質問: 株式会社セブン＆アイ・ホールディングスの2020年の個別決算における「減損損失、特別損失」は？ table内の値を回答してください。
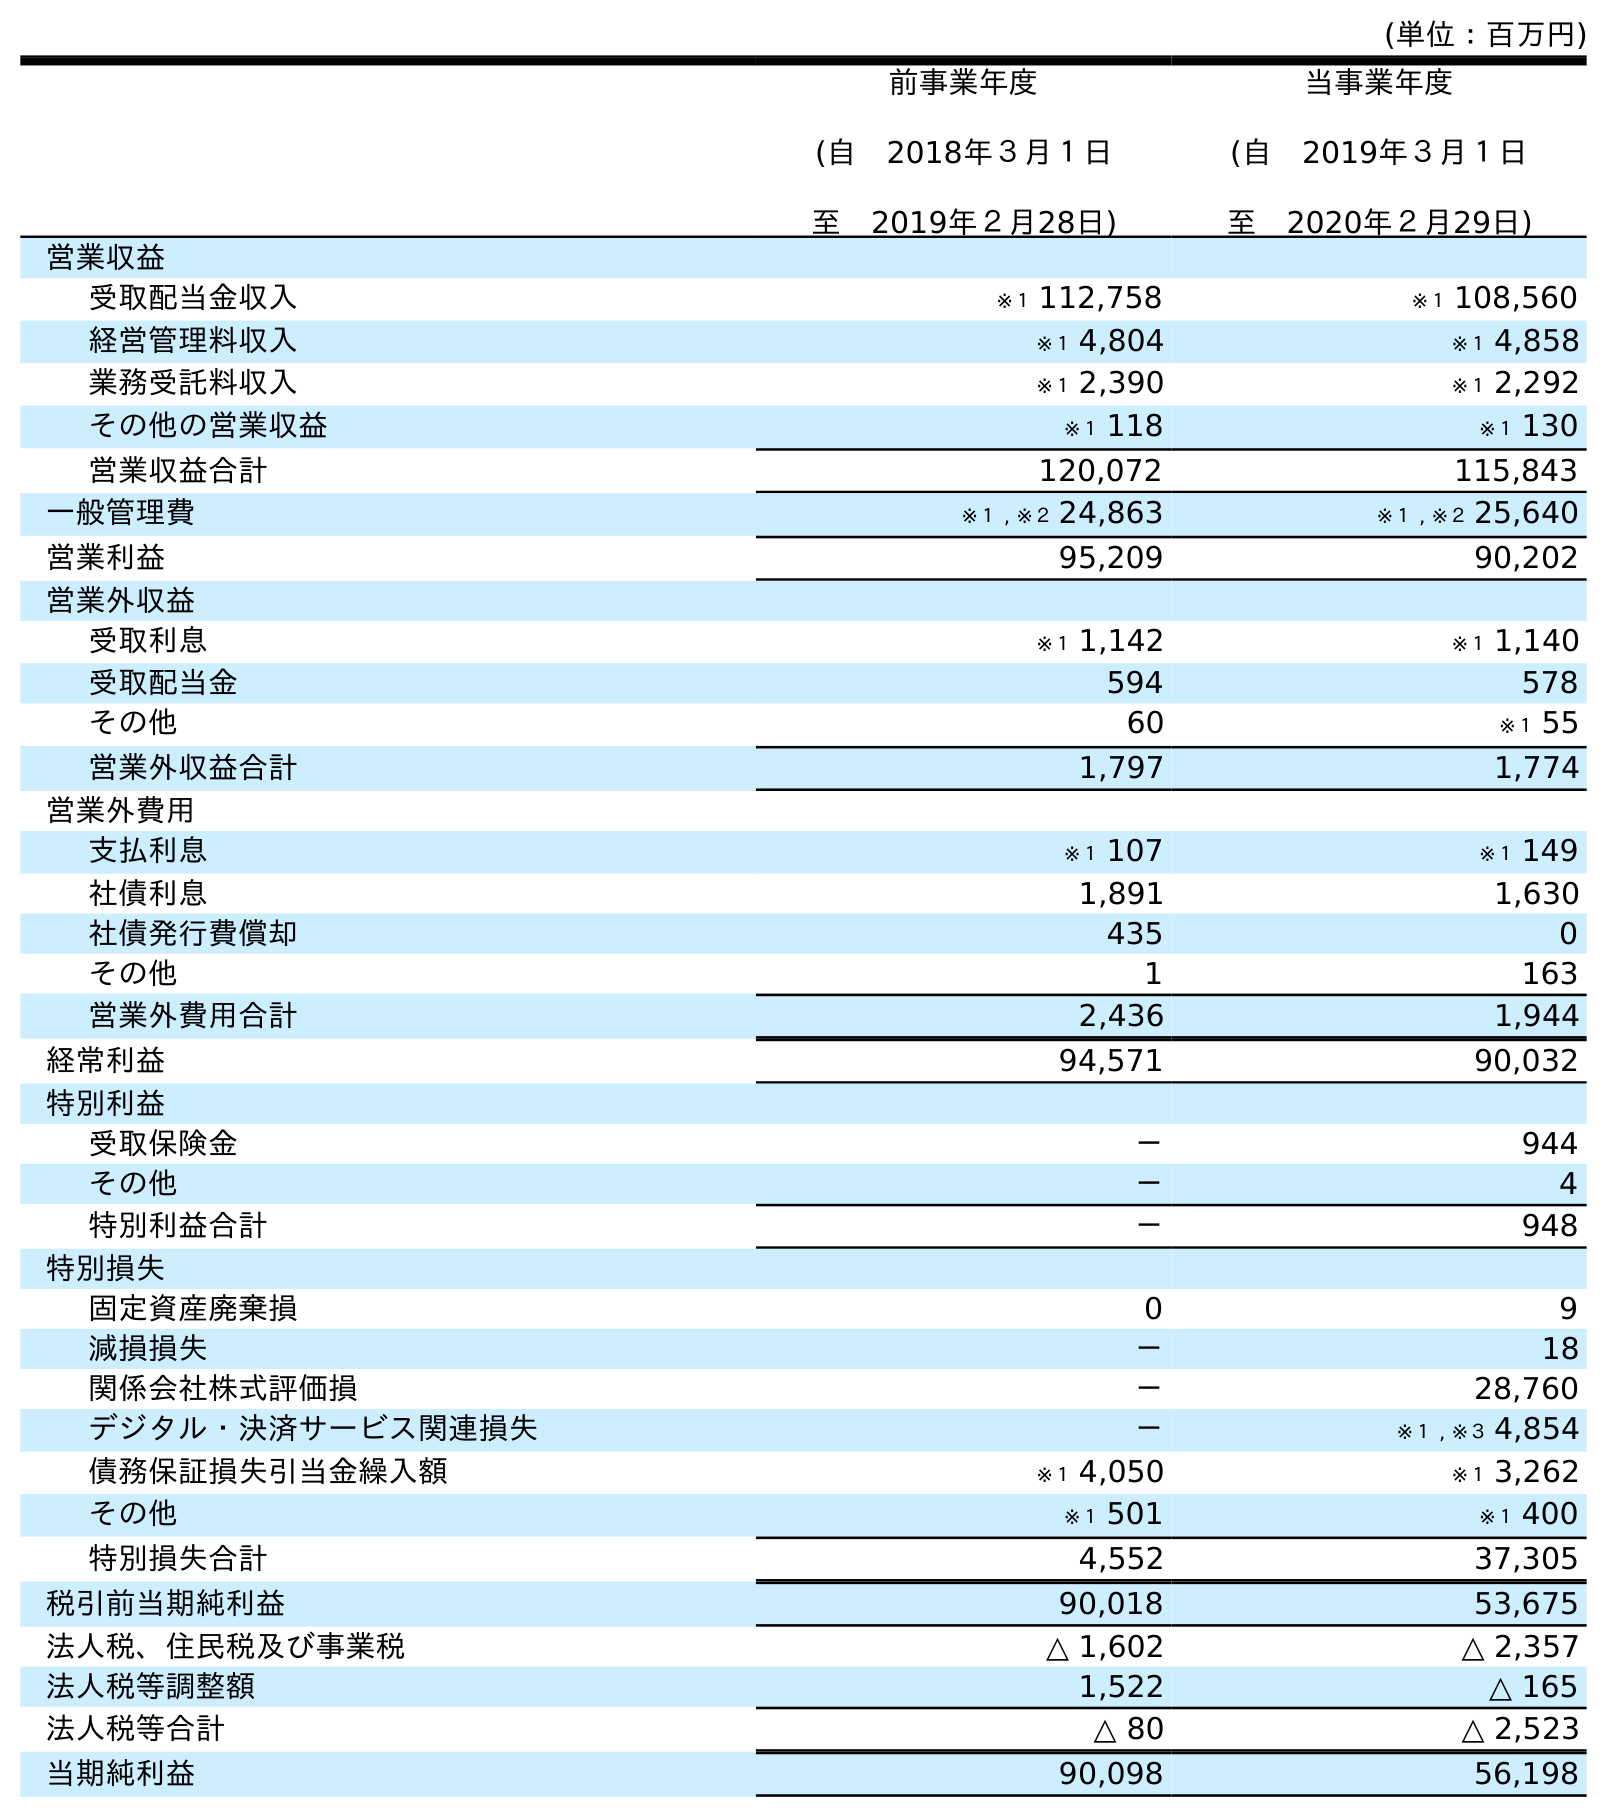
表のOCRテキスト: (単位：百万円) 前事業年度 (自 2018年３月１日 至 2019年２月28日) 当事業年度 (自 2019年３月１日 至 2020年２月29日) 営業収益 受取配当金収入 ※１ 112,758 ※１ 108,560 経営管理料収入 ※１ 4,804 ※１ 4,858 業務受託料収入 ※１ 2,390 ※１ 2,292 その他の営業収益 ※１ 118 ※１ 130 営業収益合計 120,072 115,843 一般管理費 ※１ , ※２ 24,863 ※１ , ※２ 25,640 営業利益 95,209 90,202 営業外収益 受取利息 ※１ 1,142 ※１ 1,140 受取配当金 594 578 その他 60 ※１ 55 営業外収益合計 1,797 1,774 営業外費用 支払利息 ※１ 107 ※１ 149 社債利息 1,891 1,630 社債発行費償却 435 0 その他 1 163 営業外費用合計 2,436 1,944 経常利益 94,571 90,032 特別利益 受取保険金 － 944 その他 － 4 特別利益合計 － 948 特別損失 固定資産廃棄損 0 9 減損損失 － 18 関係会社株式評価損 － 28,760 デジタル・決済サービス関連損失 － ※１ , ※３ 4,854 債務保証損失引当金繰入額 ※１ 4,050 ※１ 3,262 その他 ※１ 501 ※１ 400 特別損失合計 4,552 37,305 税引前当期純利益 90,018 53,675 法人税、住民税及び事業税 △ 1,602 △ 2,357 法人税等調整額 1,522 △ 165 法人税等合計 △ 80 △ 2,523 当期純利益 90,098 56,198
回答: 18